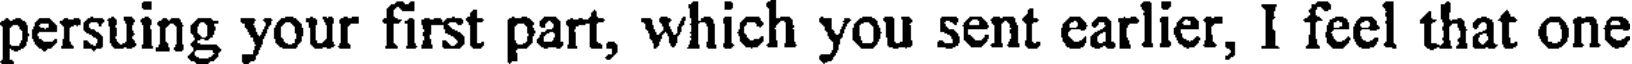
persuing your first part, which you sent earlier, I feel that one